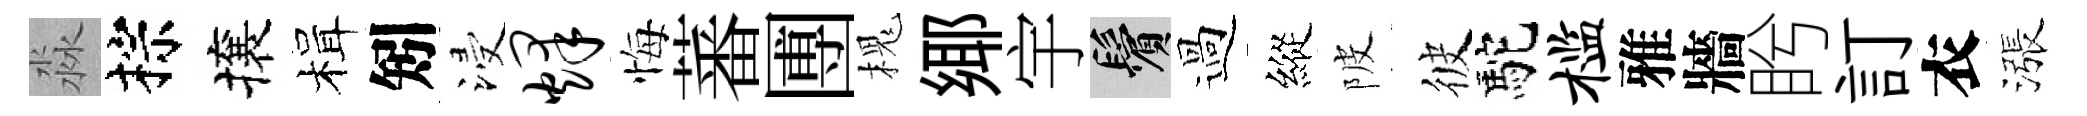
淼棕攘楫矧浸烽悔蕃圑槐鄊宇鬢過縱陂彼駝槛雅牆盻訂衣漲